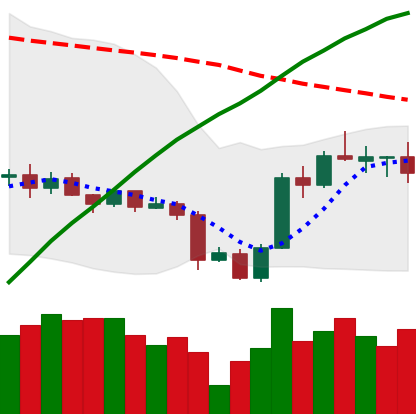
Ticker: ADA-USD
Chart end date: 2020-10-01
Forward return: -5.167%
Label: down_5_7